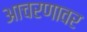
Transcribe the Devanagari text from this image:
आचरणावर